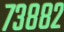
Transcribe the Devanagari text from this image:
७३८८२